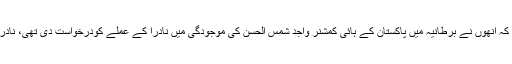
گذشتہ 20 سال سے لندن میں مقیم متحدہ قومی موومنٹ کے سربراہ الطاف حسین کا کہنا ہے کہ انھوں نے برطانیہ میں پاکستان کے ہائی کمشنر واجد شمس الحسن کی موجودگی میں نادرا کے عملے کودرخواست دی تھی، نادرا کے عملے نے تصاویر اور فنگر پرنٹ لیے، اور جو دستاویزات مانگیں وہ انھیں فراہم کیں۔